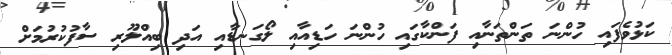
ކަޅުވެފައި ހުންނަ ތަންތަނާއި ފަންކާގައި ހުންނަ ހަޑިއާއި ލޯގަނޑާއި އަދި ބިއްލޫރި ސާފުކުރުމަށް